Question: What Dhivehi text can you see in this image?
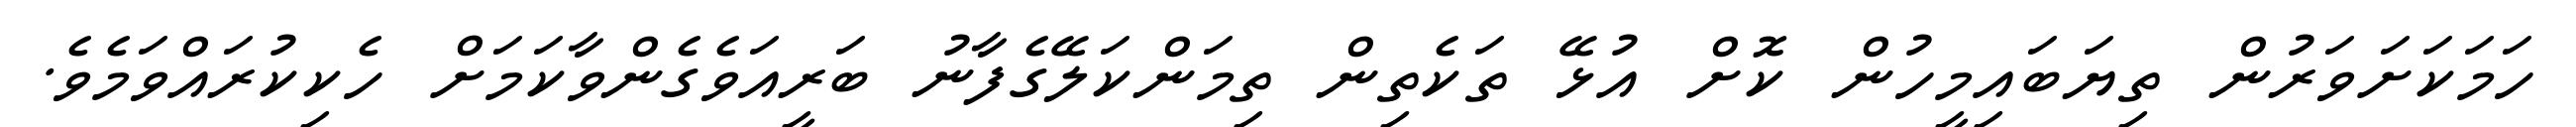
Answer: ހަމަކަށަވަރުން ތިޔަބައިމީހުން ކޮށް އުޅޭ ތަކެތިން ތިމަންކަލޭގެފާނު ބަރީއަވެގެންވާކަމަށް ހެކިކުރައްވަމެވެ.